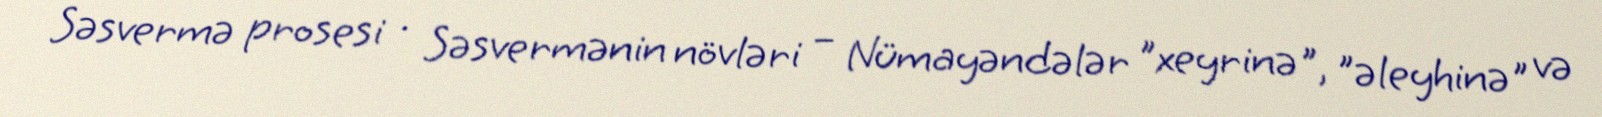
Səsvermə prosesi · Səsvermənin növləri – Nümayəndələr "xeyrinə", "əleyhinə" və